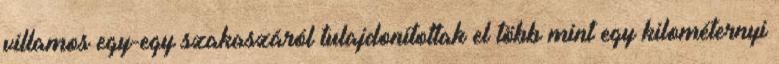
villamos egy-egy szakaszáról tulajdonítottak el több mint egy kilométernyi